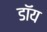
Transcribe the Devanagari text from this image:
डॉय